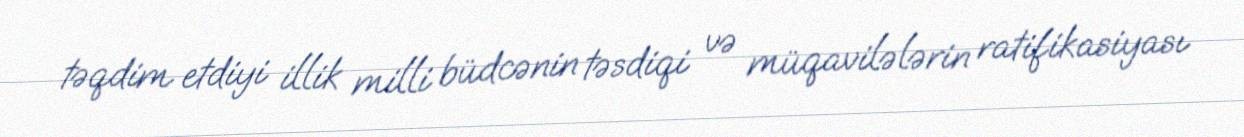
təqdim etdiyi illik milli büdcənin təsdiqi və müqavilələrin ratifikasiyası